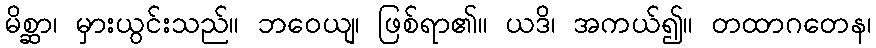
မိစ္ဆာ၊ မှားယွင်းသည်။ ဘဝေယျ၊ ဖြစ်ရာ၏။ ယဒိ၊ အကယ်၍။ တထာဂတေန၊